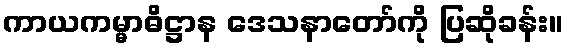
ကာယကမ္မာဓိဋ္ဌာန ဒေသနာတော်ကို ပြဆိုခန်း။